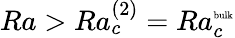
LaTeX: Ra>Ra_{c}^{(2)}=Ra_{c}^{\mathrm{\tiny{bulk}}}